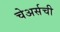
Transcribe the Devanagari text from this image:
चेअर्सची